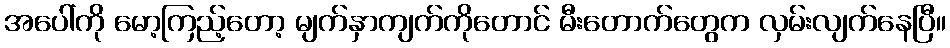
အပေါ်ကို မော့ကြည့်တော့ မျက်နှာကျက်ကိုတောင် မီးတောက်တွေက လှမ်းလျက်နေပြီ။